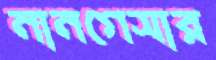
নানগেসার